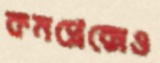
কমপ্লেক্সেও